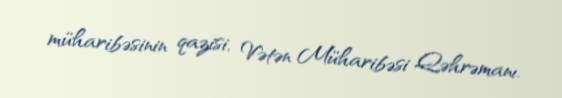
müharibəsinin qazisi, Vətən Müharibəsi Qəhrəmanı.